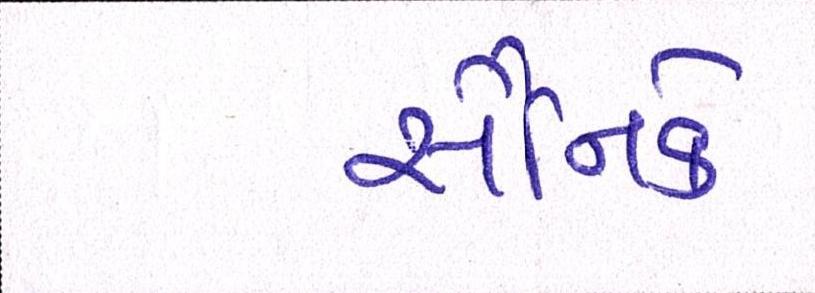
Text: સૈનિકે